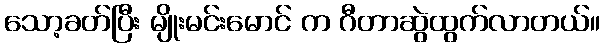
သော့ခတ်ပြီး မျိုးမင်းမောင် က ဂီတာဆွဲထွက်လာတယ်။